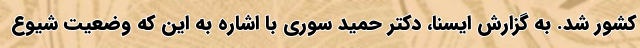
کشور شد. به گزارش ایسنا، دکتر حمید سوری با اشاره به این که وضعیت شیوع